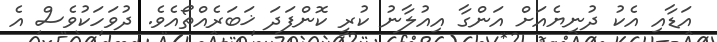
އަޑާއި އެކު ދުނިޔެއަށް އަންގާ އިއުލާނު ކުރީ ކޮންފަދަ ޚަބަރެއްތޯއެވެ. ދުވަހަކުވެސް އެ